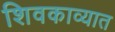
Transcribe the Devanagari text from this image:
शिवकाव्यात